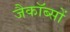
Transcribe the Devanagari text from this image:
जैकॉब्सों